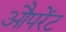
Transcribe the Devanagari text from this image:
औपरेंट